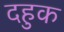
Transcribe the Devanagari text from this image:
दहुक